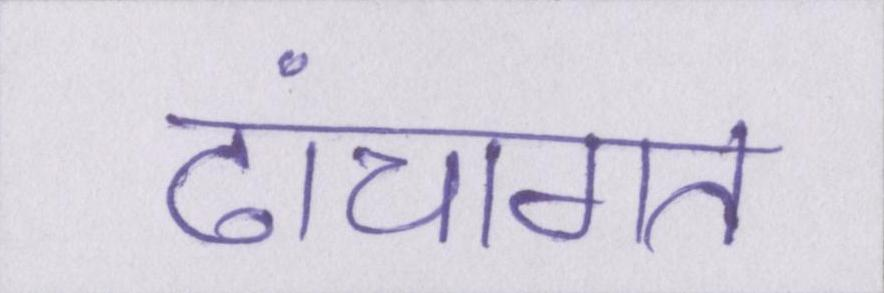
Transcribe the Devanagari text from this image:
ढांचागत